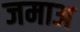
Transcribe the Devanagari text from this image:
जमाअ